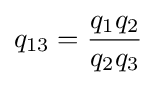
q_{13}={\frac {q_{1}q_{2}}{q_{2}q_{3}}}